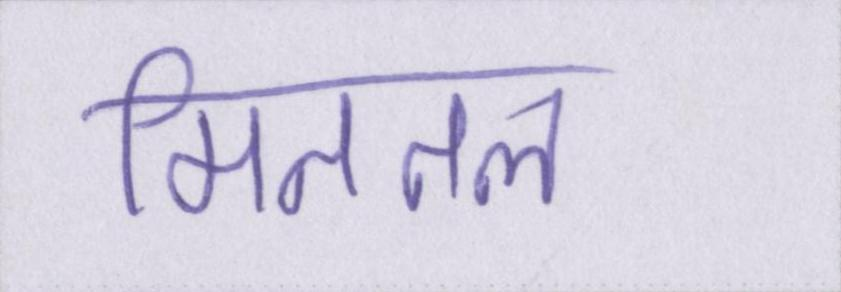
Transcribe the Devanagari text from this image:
मिततल